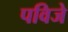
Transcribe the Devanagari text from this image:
पविजे